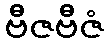
ဗီဇဗီဇံ